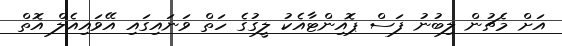
އަށް މެޗުން ލިބުނު ފަސް ޕޮއިންޓާއެކު ލީގުގެ ހަތް ވަނައިގައި އޭވައިއެލް އޮތް